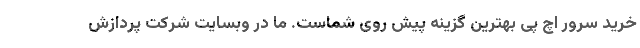
خرید سرور اچ پی بهترین گزینه پیش روی شماست. ما در وبسایت شرکت پردازش